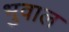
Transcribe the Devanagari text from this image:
भुवाल